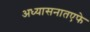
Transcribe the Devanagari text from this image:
अध्यासनातएफे